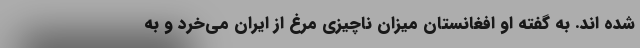
شده اند. به گفته او افغانستان میزان ناچیزی مرغ از ایران می‌خرد و به